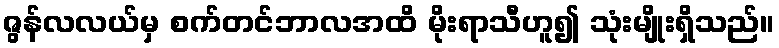
ဇွန်လလယ်မှ စက်တင်ဘာလအထိ မိုးရာသီဟူ၍ သုံးမျိုးရှိသည်။